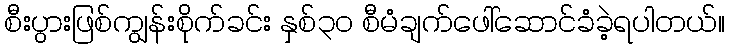
စီးပွားဖြစ်ကျွန်းစိုက်ခင်း နှစ်၃၀ စီမံချက်ဖေါ်ဆောင်ခံခဲ့ရပါတယ်။